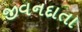
જીવનદાતા